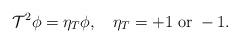
LaTeX: \begin{align*}{\cal T}^2 \phi=\eta_T \phi,\quad \eta_T= +1\;{\rm or}\;-1.\end{align*}